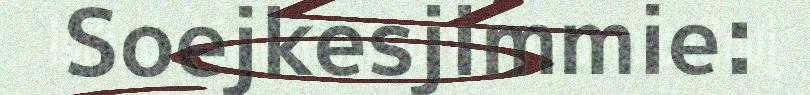
Soejkesjimmie: